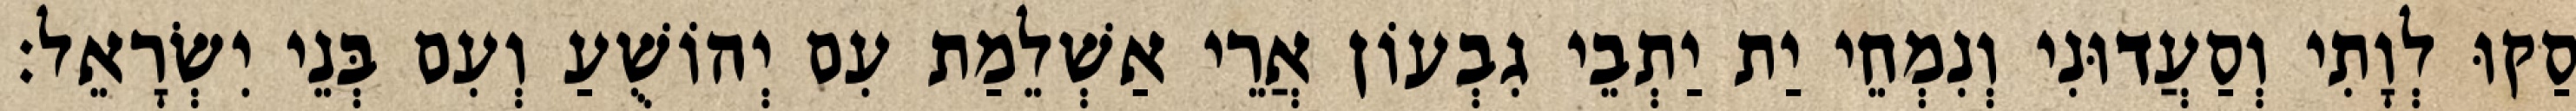
סַקוּ לְוָתִי וְסַעֲדוּנִי וְנִמְחֵי יַת יַתְבֵי גִבְעוֹן אֲרֵי אַשְׁלֵמַת עִם יְהוֹשֻׁעַ וְעִם בְּנֵי יִשְׂרָאֵל׃